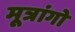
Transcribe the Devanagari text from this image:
मूत्रांगो